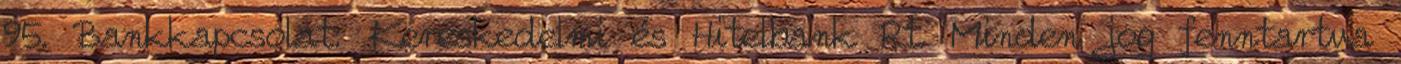
95. Bankkapcsolat: Kereskedelmi és Hitelbank Rt. Minden jog fenntartva